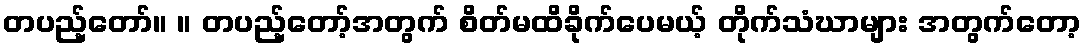
တပည့်တော်။ ။ တပည့်တော့်အတွက် စိတ်မထိခိုက်ပေမယ့် တိုက်သံဃာများ အတွက်တော့